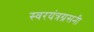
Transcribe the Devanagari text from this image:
स्वरयंत्रग्रसनी